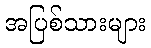
အပြစ်သားများ